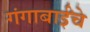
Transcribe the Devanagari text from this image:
गंगाबाईंचे